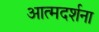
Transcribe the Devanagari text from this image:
आत्मदर्शना